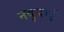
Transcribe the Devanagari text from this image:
नवुबाई